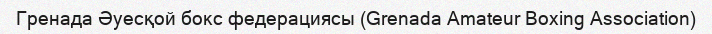
Гренада Әуесқой бокс федерациясы (Grenada Amateur Boxing Association)